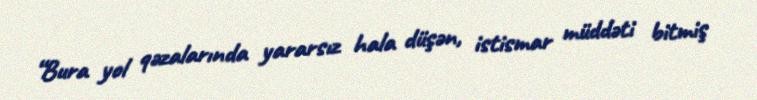
“Bura yol qəzalarında yararsız hala düşən, istismar müddəti bitmiş